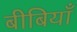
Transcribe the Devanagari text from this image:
बीबियाँ